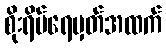
စိုးရိမ်ရေမှတ်အထက်